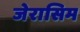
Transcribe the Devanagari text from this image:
जेरासिम